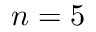
n = 5